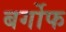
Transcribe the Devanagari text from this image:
बर्गोफ